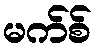
မက်စ်